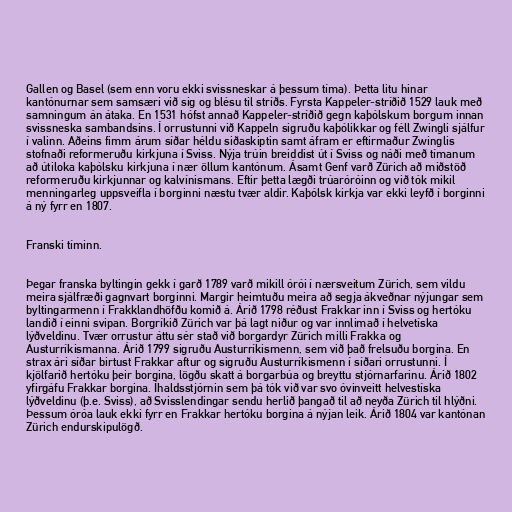
Gallen og Basel (sem enn voru ekki svissneskar á þessum tíma). Þetta litu hinar
kantónurnar sem samsæri við sig og blésu til stríðs. Fyrsta Kappeler-stríðið 1529 lauk með
samningum án átaka. En 1531 hófst annað Kappeler-stríðið gegn kaþólskum borgum innan
svissneska sambandsins. Í orrustunni við Kappeln sigruðu kaþólikkar og féll Zwingli sjálfur
í valinn. Aðeins fimm árum síðar héldu siðaskiptin samt áfram er eftirmaður Zwinglis
stofnaði reformeruðu kirkjuna í Sviss. Nýja trúin breiddist út í Sviss og náði með tímanum
að útiloka kaþólsku kirkjuna í nær öllum kantónum. Ásamt Genf varð Zürich að miðstöð
reformeruðu kirkjunnar og kalvínismans. Eftir þetta lægði trúaróróinn og við tók mikil
menningarleg uppsveifla í borginni næstu tvær aldir. Kaþólsk kirkja var ekki leyfð í borginni
á ný fyrr en 1807.

Franski tíminn.

Þegar franska byltingin gekk í garð 1789 varð mikill órói í nærsveitum Zürich, sem vildu
meira sjálfræði gagnvart borginni. Margir heimtuðu meira að segja ákveðnar nýjungar sem
byltingarmenn í Frakklandhöfðu komið á. Árið 1798 réðust Frakkar inn í Sviss og hertóku
landið í einni svipan. Borgríkið Zürich var þá lagt niður og var innlimað í helvetíska
lýðveldinu. Tvær orrustur áttu sér stað við borgardyr Zürich milli Frakka og
Austurríkismanna. Árið 1799 sigruðu Austurríkismenn, sem við það frelsuðu borgina. En
strax ári síðar birtust Frakkar aftur og sigruðu Austurríkismenn í síðari orrustunni. Í
kjölfarið hertóku þeir borgina, lögðu skatt á borgarbúa og breyttu stjórnarfarinu. Árið 1802
yfirgáfu Frakkar borgina. Íhaldsstjórnin sem þá tók við var svo óvinveitt helvestíska
lýðveldinu (þ.e. Sviss), að Svisslendingar sendu herlið þangað til að neyða Zürich til hlýðni.
Þessum óróa lauk ekki fyrr en Frakkar hertóku borgina á nýjan leik. Árið 1804 var kantónan
Zürich endurskipulögð.